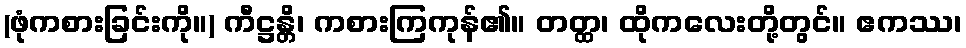
(ဖုံကစားခြင်းကို။) ကီဋ္ဌန္တိ၊ ကစားကြကုန်၏။ တတ္ထ၊ ထိုကလေးတို့တွင်။ ဧကဿ၊